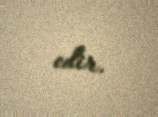
edir.